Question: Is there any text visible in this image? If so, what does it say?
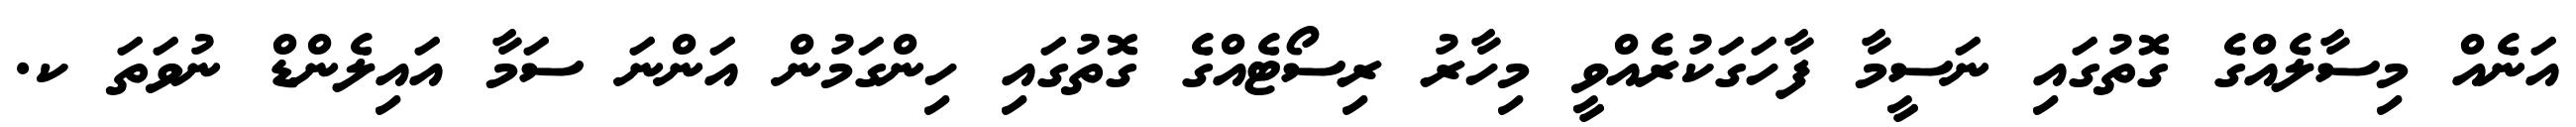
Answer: އަނެއް މިސާލެއްގެ ގޮތުގައި ނަސީމާ ފާހަގަކުރެއްވީ މިހާރު ރިސޯޓެއްގެ ގޮތުގައި ހިންގަމުން އަންނަ ސަމާ އައިލެންޑް ނުވަތަ ކ.